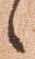
候